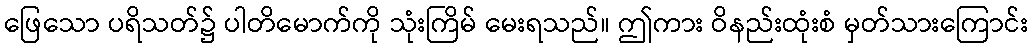
ဖြေသော ပရိသတ်၌ ပါတိမောက်ကို သုံးကြိမ် မေးရသည်။ ဤကား ဝိနည်းထုံးစံ မှတ်သားကြောင်း